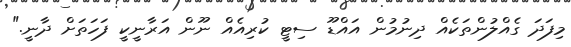
މިފަދަ ގެއްލުންތަކެއް ދިނުމުން އައްޑޫ ސިޓީ ކުރިއެއް ނޫން އަރާނީކީ ފަހަތަށް ދާނީ."